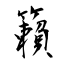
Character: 籟